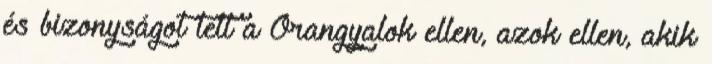
és bizonyságot tett a Őrangyalok ellen, azok ellen, akik